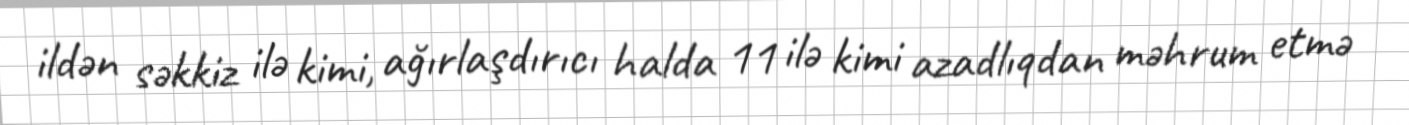
ildən səkkiz ilə kimi, ağırlaşdırıcı halda 11 ilə kimi azadlıqdan məhrum etmə